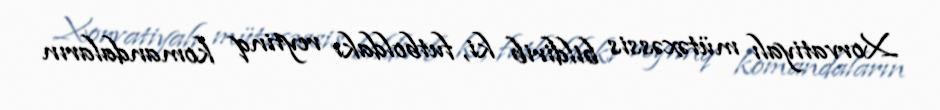
Xorvatiyalı mütəxəssis bildirib ki, futboldakı reytinq komandaların